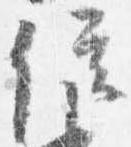
位